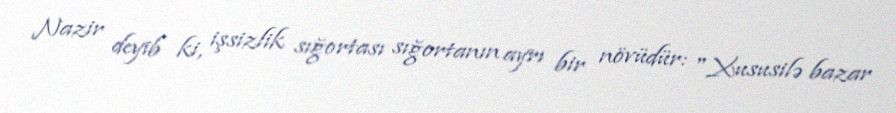
Nazir deyib ki, işsizlik sığortası sığortanın ayrı bir növüdür: "Xususilə bazar